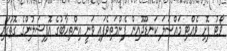
ވޯޓު ފޮށި ވެއްޓި މައްސަލަ ކަނޑޫދޫއިން ފެންމަތިވެފައި ވަނީ އިންތިހާބުގެ އޮފިޝަލުންގެ ގޮތުގައި